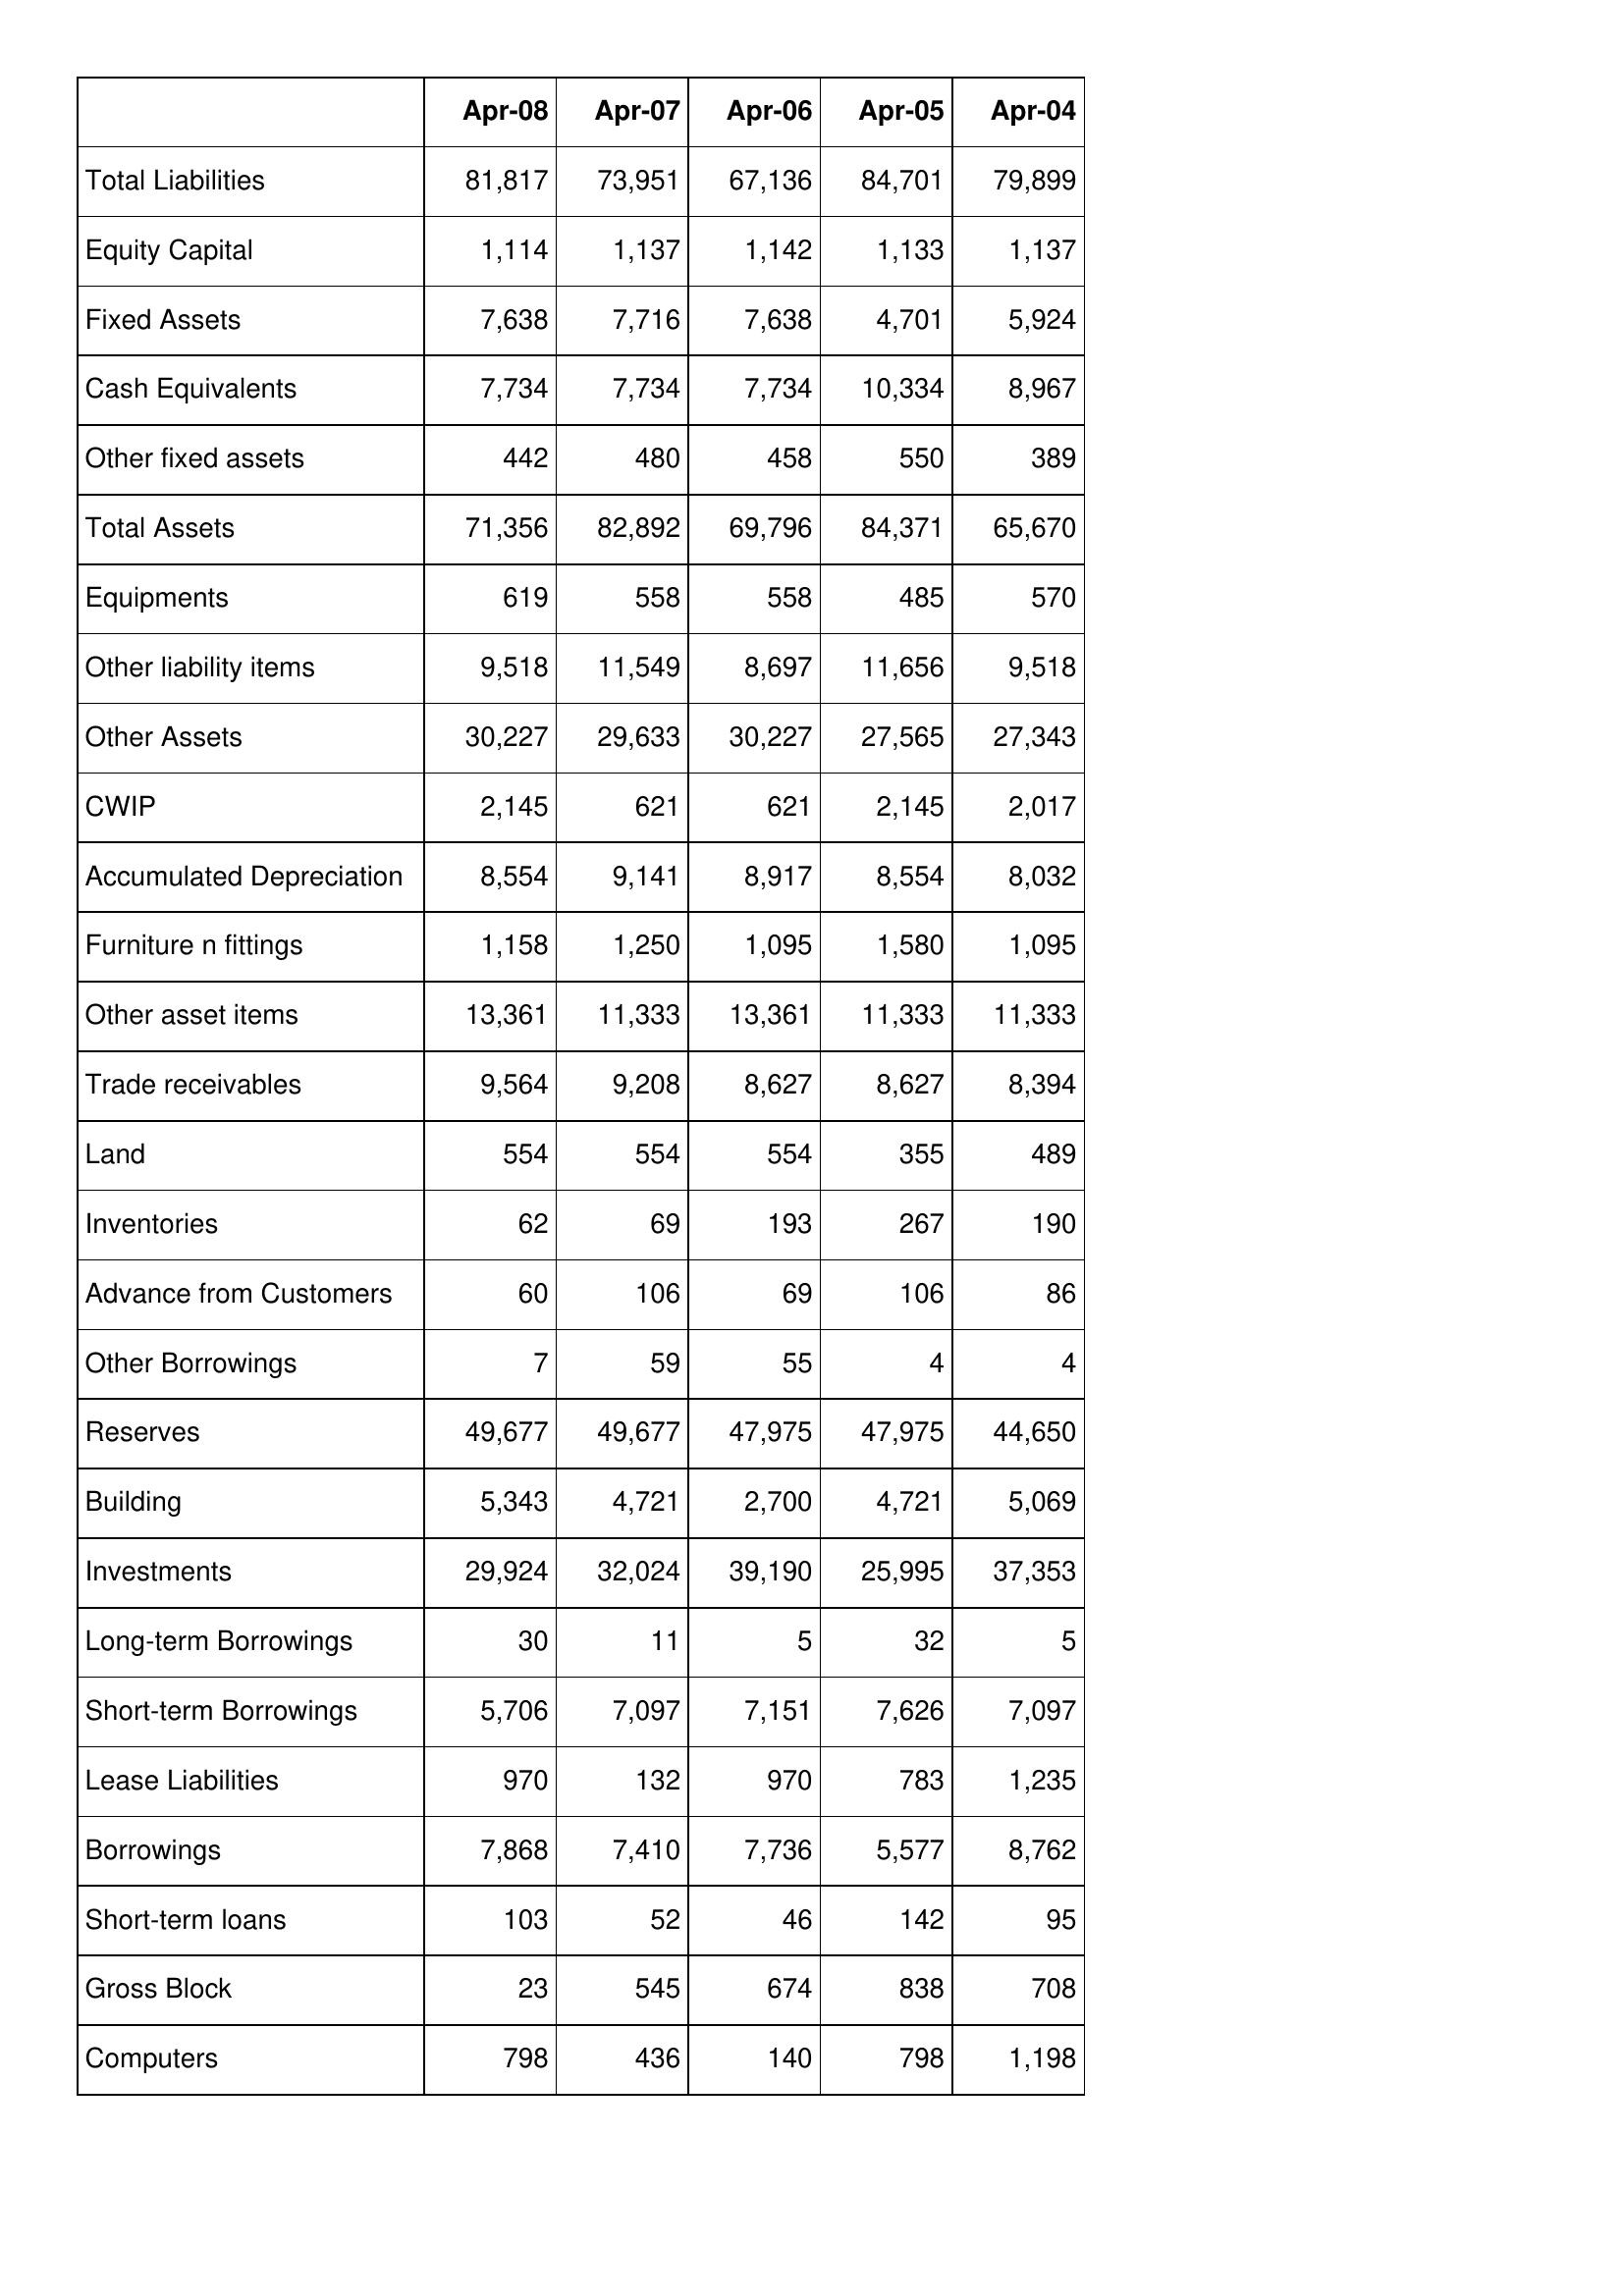
Apr-08: Balance Sheet: Total Liabilities: 81,817
Equity Capital: 1,114
Fixed Assets: 7,638
Cash Equivalents: 7,734
Other fixed assets: 442
Total Assets: 71,356
Equipments: 619
Other liability items: 9,518
Other Assets: 30,227
CWIP: 2,145
Accumulated Depreciation: 8,554
Furniture n fittings: 1,158
Other asset items: 13,361
Trade receivables: 9,564
Land: 554
Inventories: 62
Advance from Customers: 60
Other Borrowings: 7
Reserves: 49,677
Building: 5,343
Investments: 29,924
Long-term Borrowings: 30
Short-term Borrowings: 5,706
Lease Liabilities: 970
Borrowings: 7,868
Short-term loans: 103
Gross Block: 23
Computers: 798
Apr-07: Balance Sheet: Total Liabilities: 73,951
Equity Capital: 1,137
Fixed Assets: 7,716
Cash Equivalents: 7,734
Other fixed assets: 480
Total Assets: 82,892
Equipments: 558
Other liability items: 11,549
Other Assets: 29,633
CWIP: 621
Accumulated Depreciation: 9,141
Furniture n fittings: 1,250
Other asset items: 11,333
Trade receivables: 9,208
Land: 554
Inventories: 69
Advance from Customers: 106
Other Borrowings: 59
Reserves: 49,677
Building: 4,721
Investments: 32,024
Long-term Borrowings: 11
Short-term Borrowings: 7,097
Lease Liabilities: 132
Borrowings: 7,410
Short-term loans: 52
Gross Block: 545
Computers: 436
Apr-06: Balance Sheet: Total Liabilities: 67,136
Equity Capital: 1,142
Fixed Assets: 7,638
Cash Equivalents: 7,734
Other fixed assets: 458
Total Assets: 69,796
Equipments: 558
Other liability items: 8,697
Other Assets: 30,227
CWIP: 621
Accumulated Depreciation: 8,917
Furniture n fittings: 1,095
Other asset items: 13,361
Trade receivables: 8,627
Land: 554
Inventories: 193
Advance from Customers: 69
Other Borrowings: 55
Reserves: 47,975
Building: 2,700
Investments: 39,190
Long-term Borrowings: 5
Short-term Borrowings: 7,151
Lease Liabilities: 970
Borrowings: 7,736
Short-term loans: 46
Gross Block: 674
Computers: 140
Apr-05: Balance Sheet: Total Liabilities: 84,701
Equity Capital: 1,133
Fixed Assets: 4,701
Cash Equivalents: 10,334
Other fixed assets: 550
Total Assets: 84,371
Equipments: 485
Other liability items: 11,656
Other Assets: 27,565
CWIP: 2,145
Accumulated Depreciation: 8,554
Furniture n fittings: 1,580
Other asset items: 11,333
Trade receivables: 8,627
Land: 355
Inventories: 267
Advance from Customers: 106
Other Borrowings: 4
Reserves: 47,975
Building: 4,721
Investments: 25,995
Long-term Borrowings: 32
Short-term Borrowings: 7,626
Lease Liabilities: 783
Borrowings: 5,577
Short-term loans: 142
Gross Block: 838
Computers: 798
Apr-04: Balance Sheet: Total Liabilities: 79,899
Equity Capital: 1,137
Fixed Assets: 5,924
Cash Equivalents: 8,967
Other fixed assets: 389
Total Assets: 65,670
Equipments: 570
Other liability items: 9,518
Other Assets: 27,343
CWIP: 2,017
Accumulated Depreciation: 8,032
Furniture n fittings: 1,095
Other asset items: 11,333
Trade receivables: 8,394
Land: 489
Inventories: 190
Advance from Customers: 86
Other Borrowings: 4
Reserves: 44,650
Building: 5,069
Investments: 37,353
Long-term Borrowings: 5
Short-term Borrowings: 7,097
Lease Liabilities: 1,235
Borrowings: 8,762
Short-term loans: 95
Gross Block: 708
Computers: 1,198